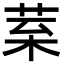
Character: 𦰧